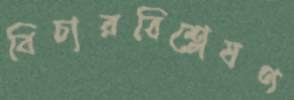
বিচারবিশ্লেষণ